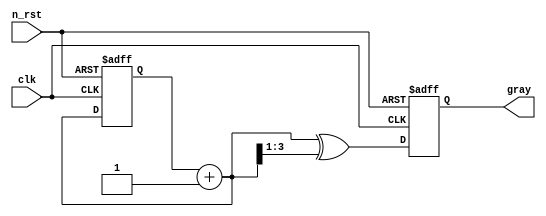
module gray_counter(
    input clk,
    input n_rst,
    output reg [3:0] gray
);

reg [3:0] cnt;

always @(posedge clk or negedge n_rst) begin
    if(!n_rst) begin
        cnt <= 4'b0000;
        gray <= 4'b0000;
    end
    else begin
        cnt = cnt + 1'b1;
        gray = cnt ^ (cnt >> 1); //change gray
    end
end

endmodule